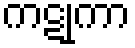
ကဋုကာ